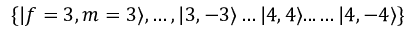
\{ | f = 3 , m = 3 \rangle , \ldots , | 3 , - 3 \rangle \ldots | 4 , 4 \rangle . . . \ldots | 4 , - 4 \rangle \}